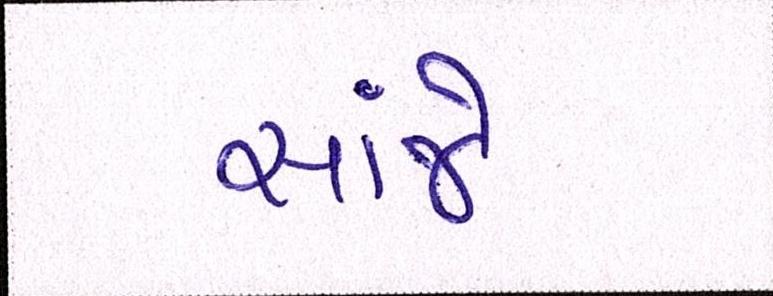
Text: સાંજે